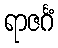
ရာဇင်္ဂံ